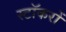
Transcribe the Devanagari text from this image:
स्टॉकरों